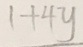
1 + 4 y